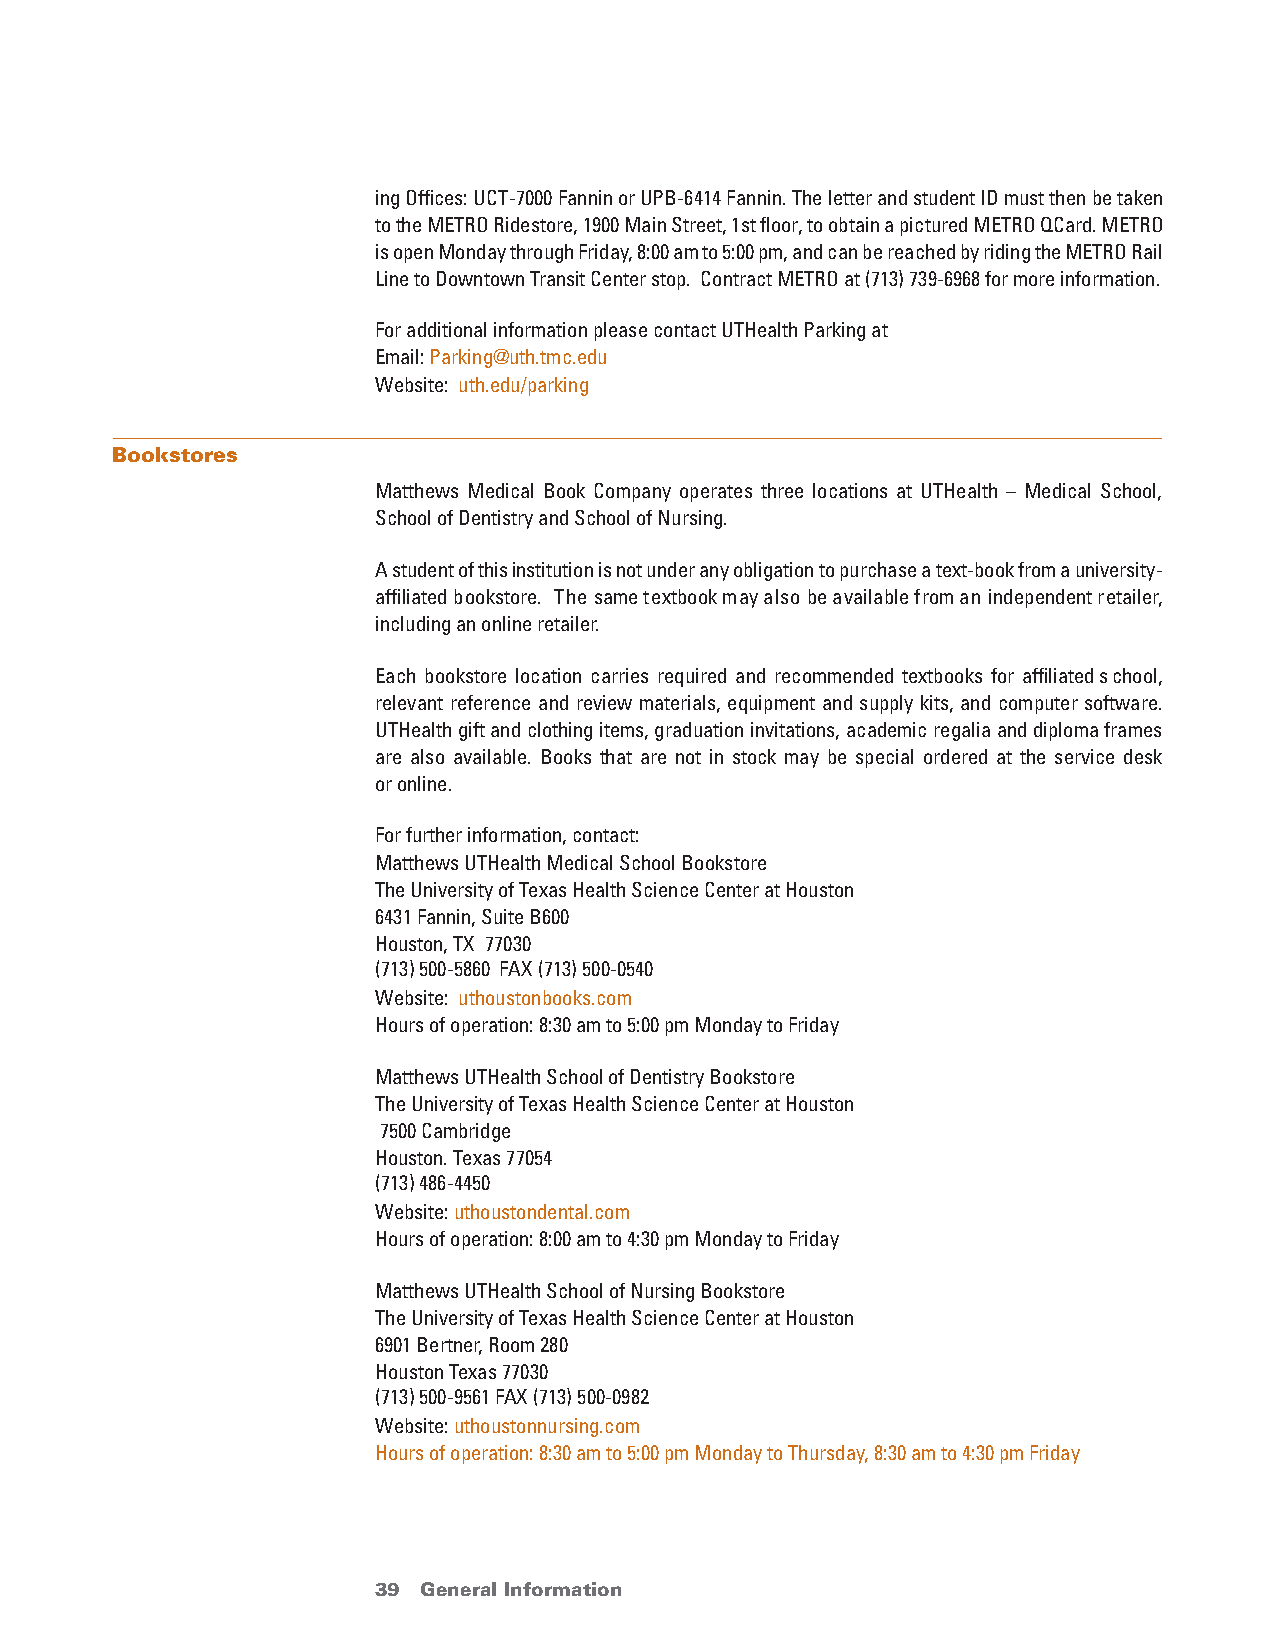
ing Offices: UCT-7000 Fannin or UPB-6414 Fannin. The letter and student ID must then be taken
 to the METRO Ridestore, 1900 Main Street, 1st floor, to obtain a pictured METRO QCard. METRO
 is open Monday through Friday, 8:00 am to 5:00 pm, and can be reached by riding the METRO Rail
 Line to Downtown Transit Center stop. Contract METRO at (713) 739-6968 for more information.
 For additional information please contact UTHealth Parking at
 Email: Parking@uth.tmc.edu
 Website: uth.edu/parking
 Bookstores
 Matthews Medical Book Company operates three locations at UTHealth – Medical School,
 School of Dentistry and School of Nursing.
 A student of this institution is not under any obligation to purchase a text-book from a university-
 affiliated bookstore. The same textbook may also be available from an independent retailer,
 including an online retailer.
 Each bookstore location carries required and recommended textbooks for affiliated school,
 relevant reference and review materials, equipment and supply kits, and computer software.
 UTHealth gift and clothing items, graduation invitations, academic regalia and diploma frames
 are also available. Books that are not in stock may be special ordered at the service desk
 or online.
 For further information, contact:
 Matthews UTHealth Medical School Bookstore
 The University of Texas Health Science Center at Houston
 6431 Fannin, Suite B600
 Houston, TX 77030
 (713) 500-5860 FAX (713) 500-0540
 Website: uthoustonbooks.com
 Hours of operation: 8:30 am to 5:00 pm Monday to Friday
 Matthews UTHealth School of Dentistry Bookstore
 The University of Texas Health Science Center at Houston
 7500 Cambridge
 Houston. Texas 77054
 (713) 486-4450
 Website: uthoustondental.com
 Hours of operation: 8:00 am to 4:30 pm Monday to Friday
 Matthews UTHealth School of Nursing Bookstore
 The University of Texas Health Science Center at Houston
 6901 Bertner, Room 280
 Houston Texas 77030
 (713) 500-9561 FAX (713) 500-0982
 Website: uthoustonnursing.com
 Hours of operation: 8:30 am to 5:00 pm Monday to Thursday, 8:30 am to 4:30 pm Friday
 39 General Information                 return to Table of Contents